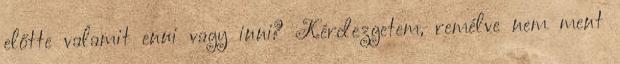
előtte valamit enni vagy inni? Kérdezgetem, remélve nem ment